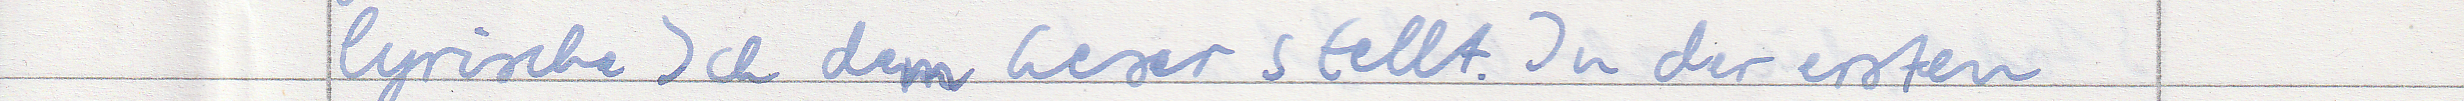
lyrischen Ich dem Leser stellt. In der ersten